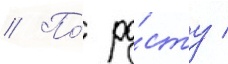
// По́ ро́сту /